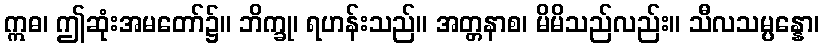
ဣဓ၊ ဤဆုံးအမတော်၌။ ဘိက္ခု၊ ရဟန်းသည်။ အတ္တနာစ၊ မိမိသည်လည်း။ သီလသမ္ပန္နော၊